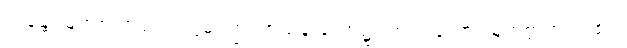
ဘန္တေ၊ မြတ်စွာဘုရား။ ဣဓ၊ ဤသာသနာတော်၌။ ဘဂဝတော၊ မြတ်စွာဘုရား၏။